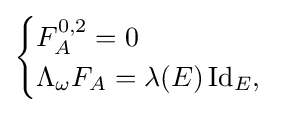
{\begin{cases}F_{A}^{0,2}=0\\\Lambda _{\omega }F_{A}=\lambda (E)\operatorname {Id} _{E},\end{cases}}